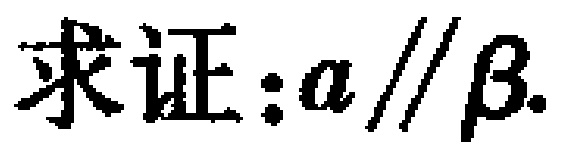
求证：\(a \parallel \beta\)